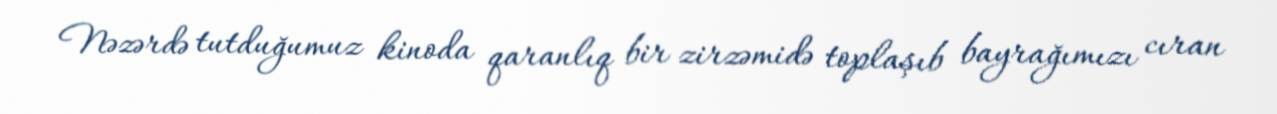
Nəzərdə tutduğumuz kinoda qaranlıq bir zirzəmidə toplaşıb bayrağımızı cıran